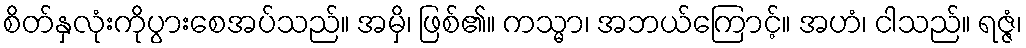
စိတ်နှလုံးကိုပွားစေအပ်သည်။ အမှိ၊ ဖြစ်၏။ ကသ္မာ၊ အဘယ်ကြောင့်။ အဟံ၊ ငါသည်။ ရဇ္ဇံ၊